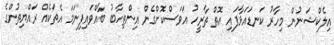
އިލެކްޝަނުން މިހާރު ކަނޑައަޅާފައި އޮތް ތާރީހު އަވަސްކޮށްގެން އިންތިހާބު ބާއްވައިފިނަމަ އެތަކެއް ރައްޔިތުންގެ